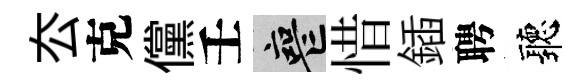
厺克儻壬喪惜鍤聘聽